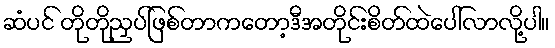
ဆံပင် တိုတိုညှပ်ဖြစ်တာကတော့ဒီအတိုင်းစိတ်ထဲပေါ်လာလို့ပါ။